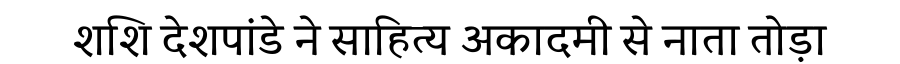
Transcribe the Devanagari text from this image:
शशि देशपांडे ने साहित्य अकादमी से नाता तोड़ा